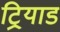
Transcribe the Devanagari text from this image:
ट्रियाड